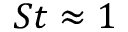
S t \approx 1